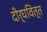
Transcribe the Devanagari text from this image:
दीर्घवित्त